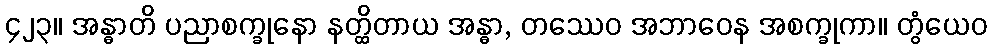
၄၂၃။ အန္ဓာတိ ပညာစက္ခုနော နတ္ထိတာယ အန္ဓာ, တဿေဝ အဘာဝေန အစက္ခုကာ။ တွံယေဝ